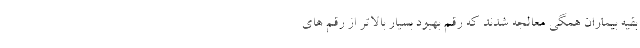
بقیه بیماران همگی معالجه شدند که رقم بهبود بسیار بالاتر از رقم های